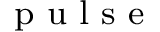
_ { \textrm { p u l s e } }